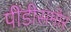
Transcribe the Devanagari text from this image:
पींडीसमोर